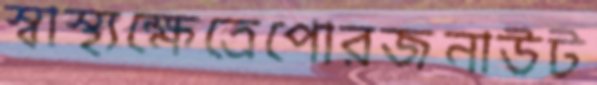
স্বাস্থ্যক্ষেত্রেপোরজনাউট